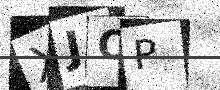
Text: XJOP